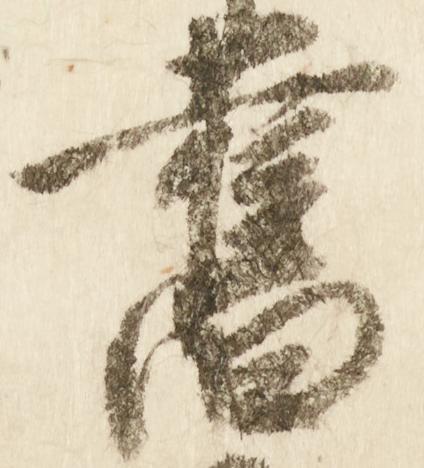
旧